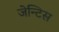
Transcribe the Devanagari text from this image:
जेन्टिस